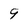
Character: 9